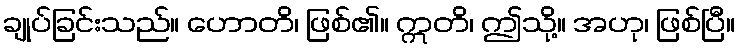
ချုပ်ခြင်းသည်။ ဟောတိ၊ ဖြစ်၏။ ဣတိ၊ ဤသို့။ အဟု၊ ဖြစ်ပြီ။